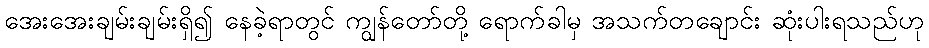
အေးအေးချမ်းချမ်းရှိ၍ နေခဲ့ရာတွင် ကျွန်တော်တို့ ရောက်ခါမှ အသက်တချောင်း ဆုံးပါးရသည်ဟု